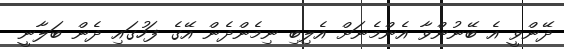
ދޭންވީ އެ ބޭނުންވާ އެންމެނަށް އެލިބި ނިމެންދެން އޭގެ ފަހުގައި ދެން ބަލާނީ